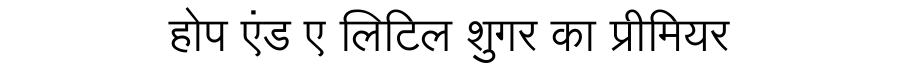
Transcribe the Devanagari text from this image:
होप एंड ए लिटिल शुगर का प्रीमियर